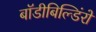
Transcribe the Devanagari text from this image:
बॉडीबिल्डिंरों